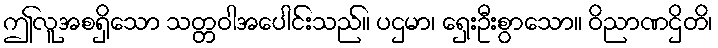
ဤလူအစရှိသော သတ္တဝါအပေါင်းသည်။ ပဌမာ၊ ရှေးဦးစွာသော။ ဝိညာဏဌိတိ၊